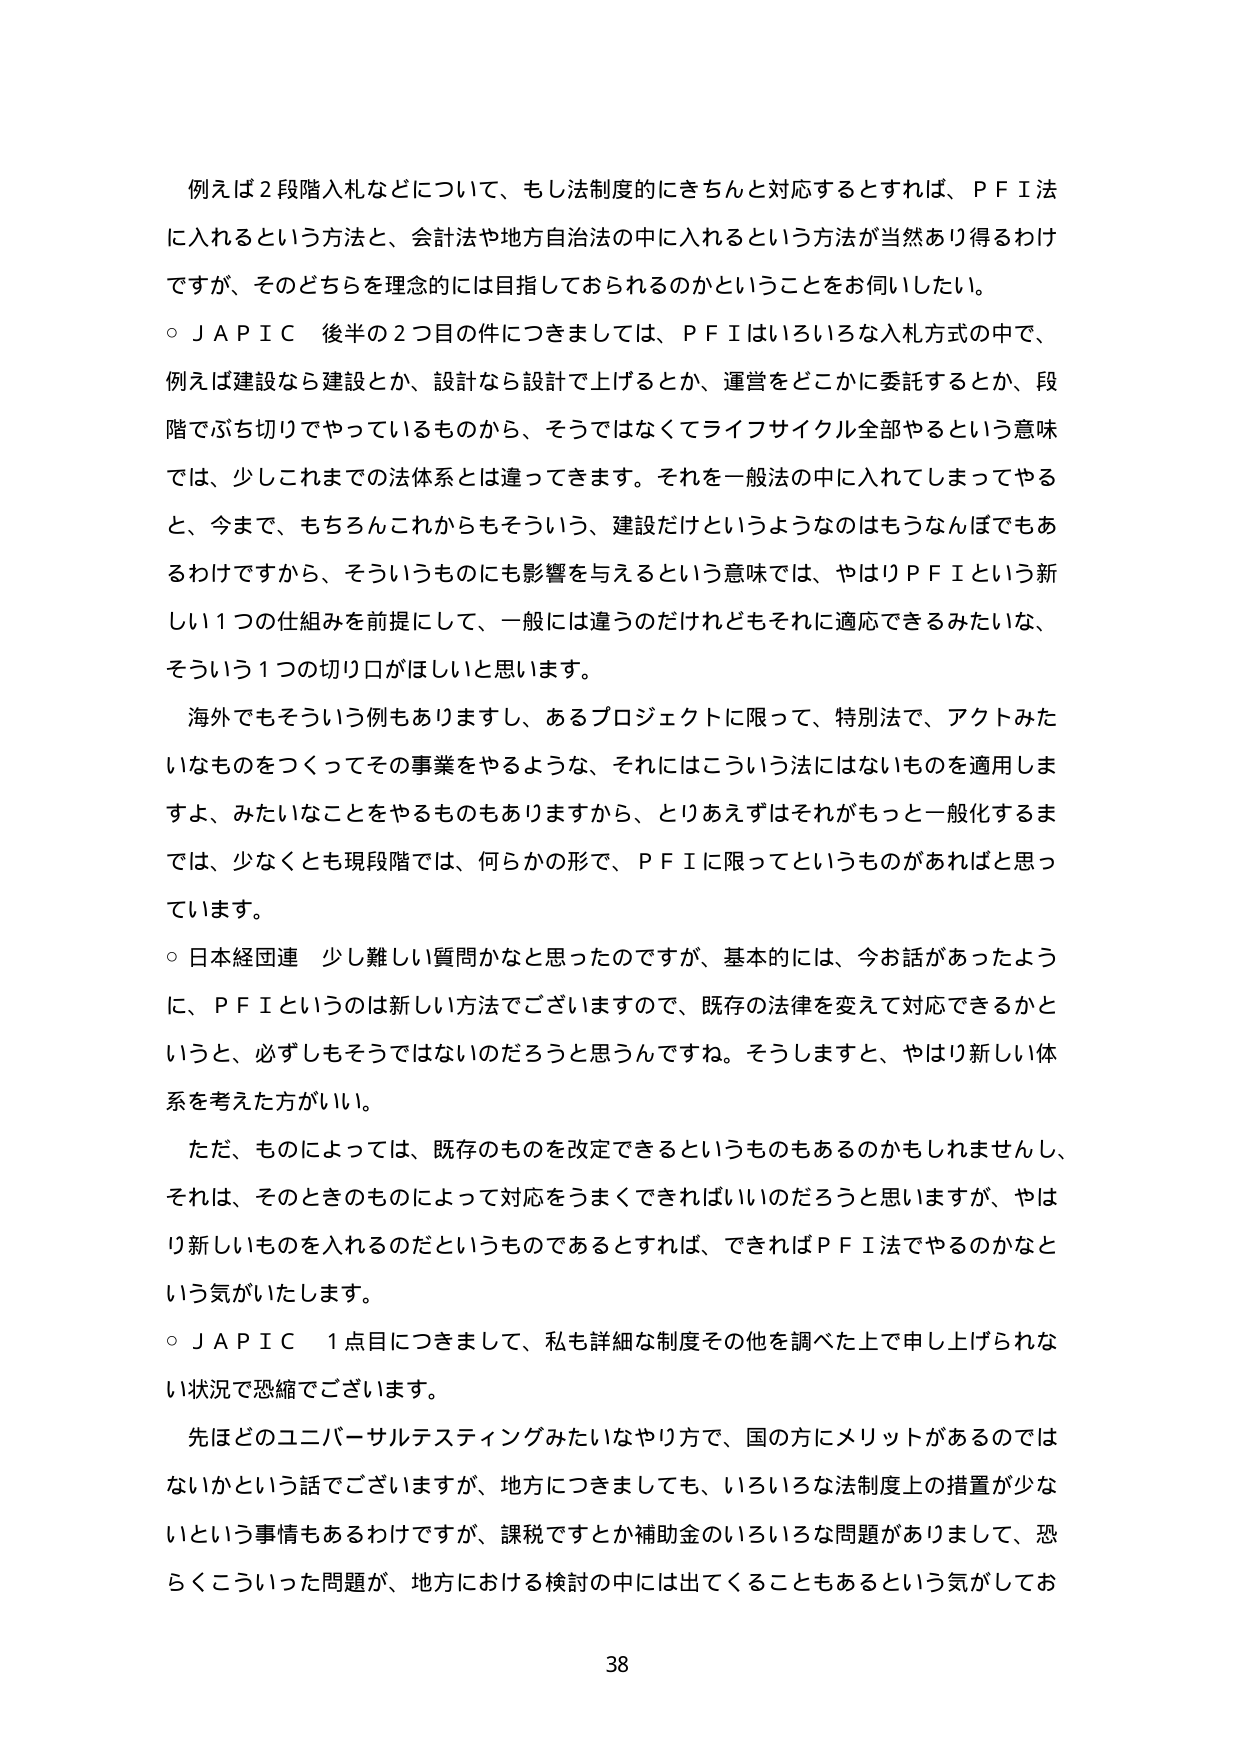
例えば２段階入札などについて、もし法制度的にきちんと対応するとなれば、ＰＦＩ法
に入れるという方法と、会計法や地方自治法の中に入れるという方法が当然あり得るわけ
ですが、そのどちらを理念的には目指しておられるのかということをお伺いしたい。
○ＪＡＰＩＣ　後半の２つ目の件につきましては、ＰＦＩはいろいろな入札方式の中で、
例えば建設なら建設とか、設計なら設計で上げるとか、運営をどこかに委託するとか、段
階でぶち切りでやっているものから、そうではなくてライフサイクル全部やるという意味
では、少しこれまでの法体系とは違ってきます。それを一般法の中に入れてしまってやる
と、今まで、もちろんこれからもそういう、建設だけというようなのはもうなんぼでもあ
るわけですから、そういうものにも影響を与えるという意味では、やはりＰＦＩという新
しい１つの仕組みを前提にして、一般には違うのだけれどもそれに適応できるみたいな、
そういう１つの切り口がほしいと思います。
　海外でもそういう例もありますし、あるプロジェクトに限って、特別法で、アクトみた
いなものをつくってその事業をやるような、それにはこういう法にはないものを適用しま
すよ、みたいなことをやるものもありますから、とりあえずはそれがもっと一般化するま
では、少なくとも現段階では、何らかの形で、ＰＦＩに限ってというものがあればと思っ
ています。
○日本経団連　少し難しい質問かなと思ったのですが、基本的には、今お話があったよう
に、ＰＦＩというのは新しい方法でございますので、既存の法律を変えて対応できるかと
いうと、必ずしもそうではないのだろうと思うんですね。そうしますと、やはり新しい体
系を考えた方がいい。
　ただ、ものによっては、既存のものを改定できるというものもあるのかもしれませんし、
それは、そのときのものによって対応をうまくできればいいのだろうと思いますが、やは
り新しいものを入れるのだというものであるとすれば、できればＰＦＩ法でやるのかなと
いう気がいたします。
○ＪＡＰＩＣ　１点目につきまして、私も詳細な制度その他を調べた上で申し上げられな
い状況で恐縮でございます。
　先ほどのユニバーサルテスティングみたいなやり方で、国の方にメリットがあるのでは
ないかという話でございますが、地方につきましても、いろいろな法制度上の措置が少な
いという事情もあるわけですが、課税ですとか補助金のいろいろな問題がありまして、恐
らくこういった問題が、地方における検討の中には出てくることもあるという気がしてお

38